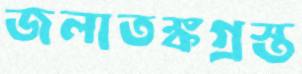
জলাতঙ্কগ্রস্ত